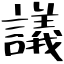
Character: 議